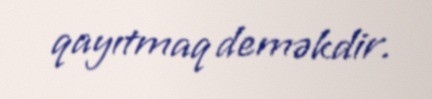
qayıtmaq deməkdir.